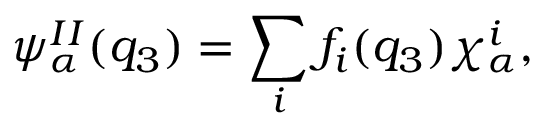
\psi _ { \alpha } ^ { I I } ( q _ { 3 } ) = \sum _ { i } f _ { i } ( q _ { 3 } ) \chi _ { \alpha } ^ { i } ,